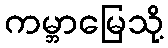
ကမ္ဘာမြေသို့